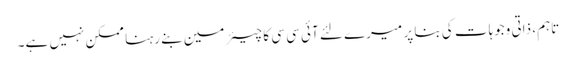
تاہم، ذاتی وجوہات کی بنا پر میرے لئے آئی سی سی کا چیئرمین بنے رہنا ممکن نہیں ہے۔